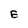
Character: E